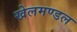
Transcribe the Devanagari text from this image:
खेलमण्डल